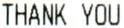
THANK YOU